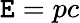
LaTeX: \mathtt{E}=pc